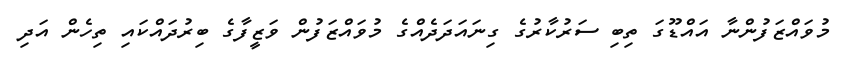
މުވައްޒަފުންނާ އައްޑޫގަ ތިބި ސަރުކާރުގެ ގިނައަދަދެއްގެ މުވައްޒަފުން ވަޒީފާގެ ބިރުދައްކައި ތިހެން އަދި